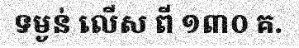
ទម្ងន់ លើស ពី ១៣០ គ.